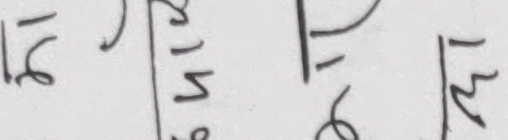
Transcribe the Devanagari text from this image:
१८ ७५९ १६ १२